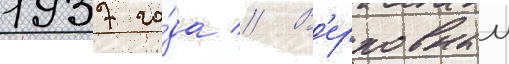
1937 го́да // В'ерховныи